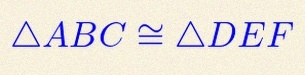
\triangle ABC\cong\triangle DEF